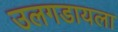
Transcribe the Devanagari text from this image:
उलगडायला